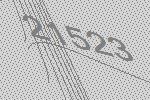
21523